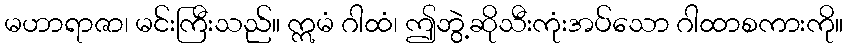
မဟာရာဇာ၊ မင်းကြီးသည်။ ဣမံ ဂါထံ၊ ဤဘွဲ့ဆိုသီးကုံးအပ်သော ဂါထာစကားကို။